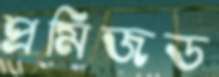
প্রমিজড